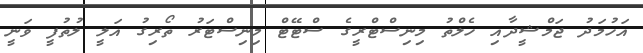
އަހުމަދު ޖަމްޝީދާއި ހެލްތު މިނިސްޓްރީގެ ސްޓޭޓް މިނިސްޓަރު ތޯރިގު އަލީ ލުތުފީ ވަނީ